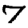
Digit: 7